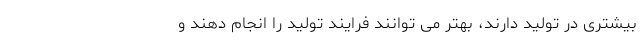
بیشتری در تولید دارند، بهتر می توانند فرایند تولید را انجام دهند و